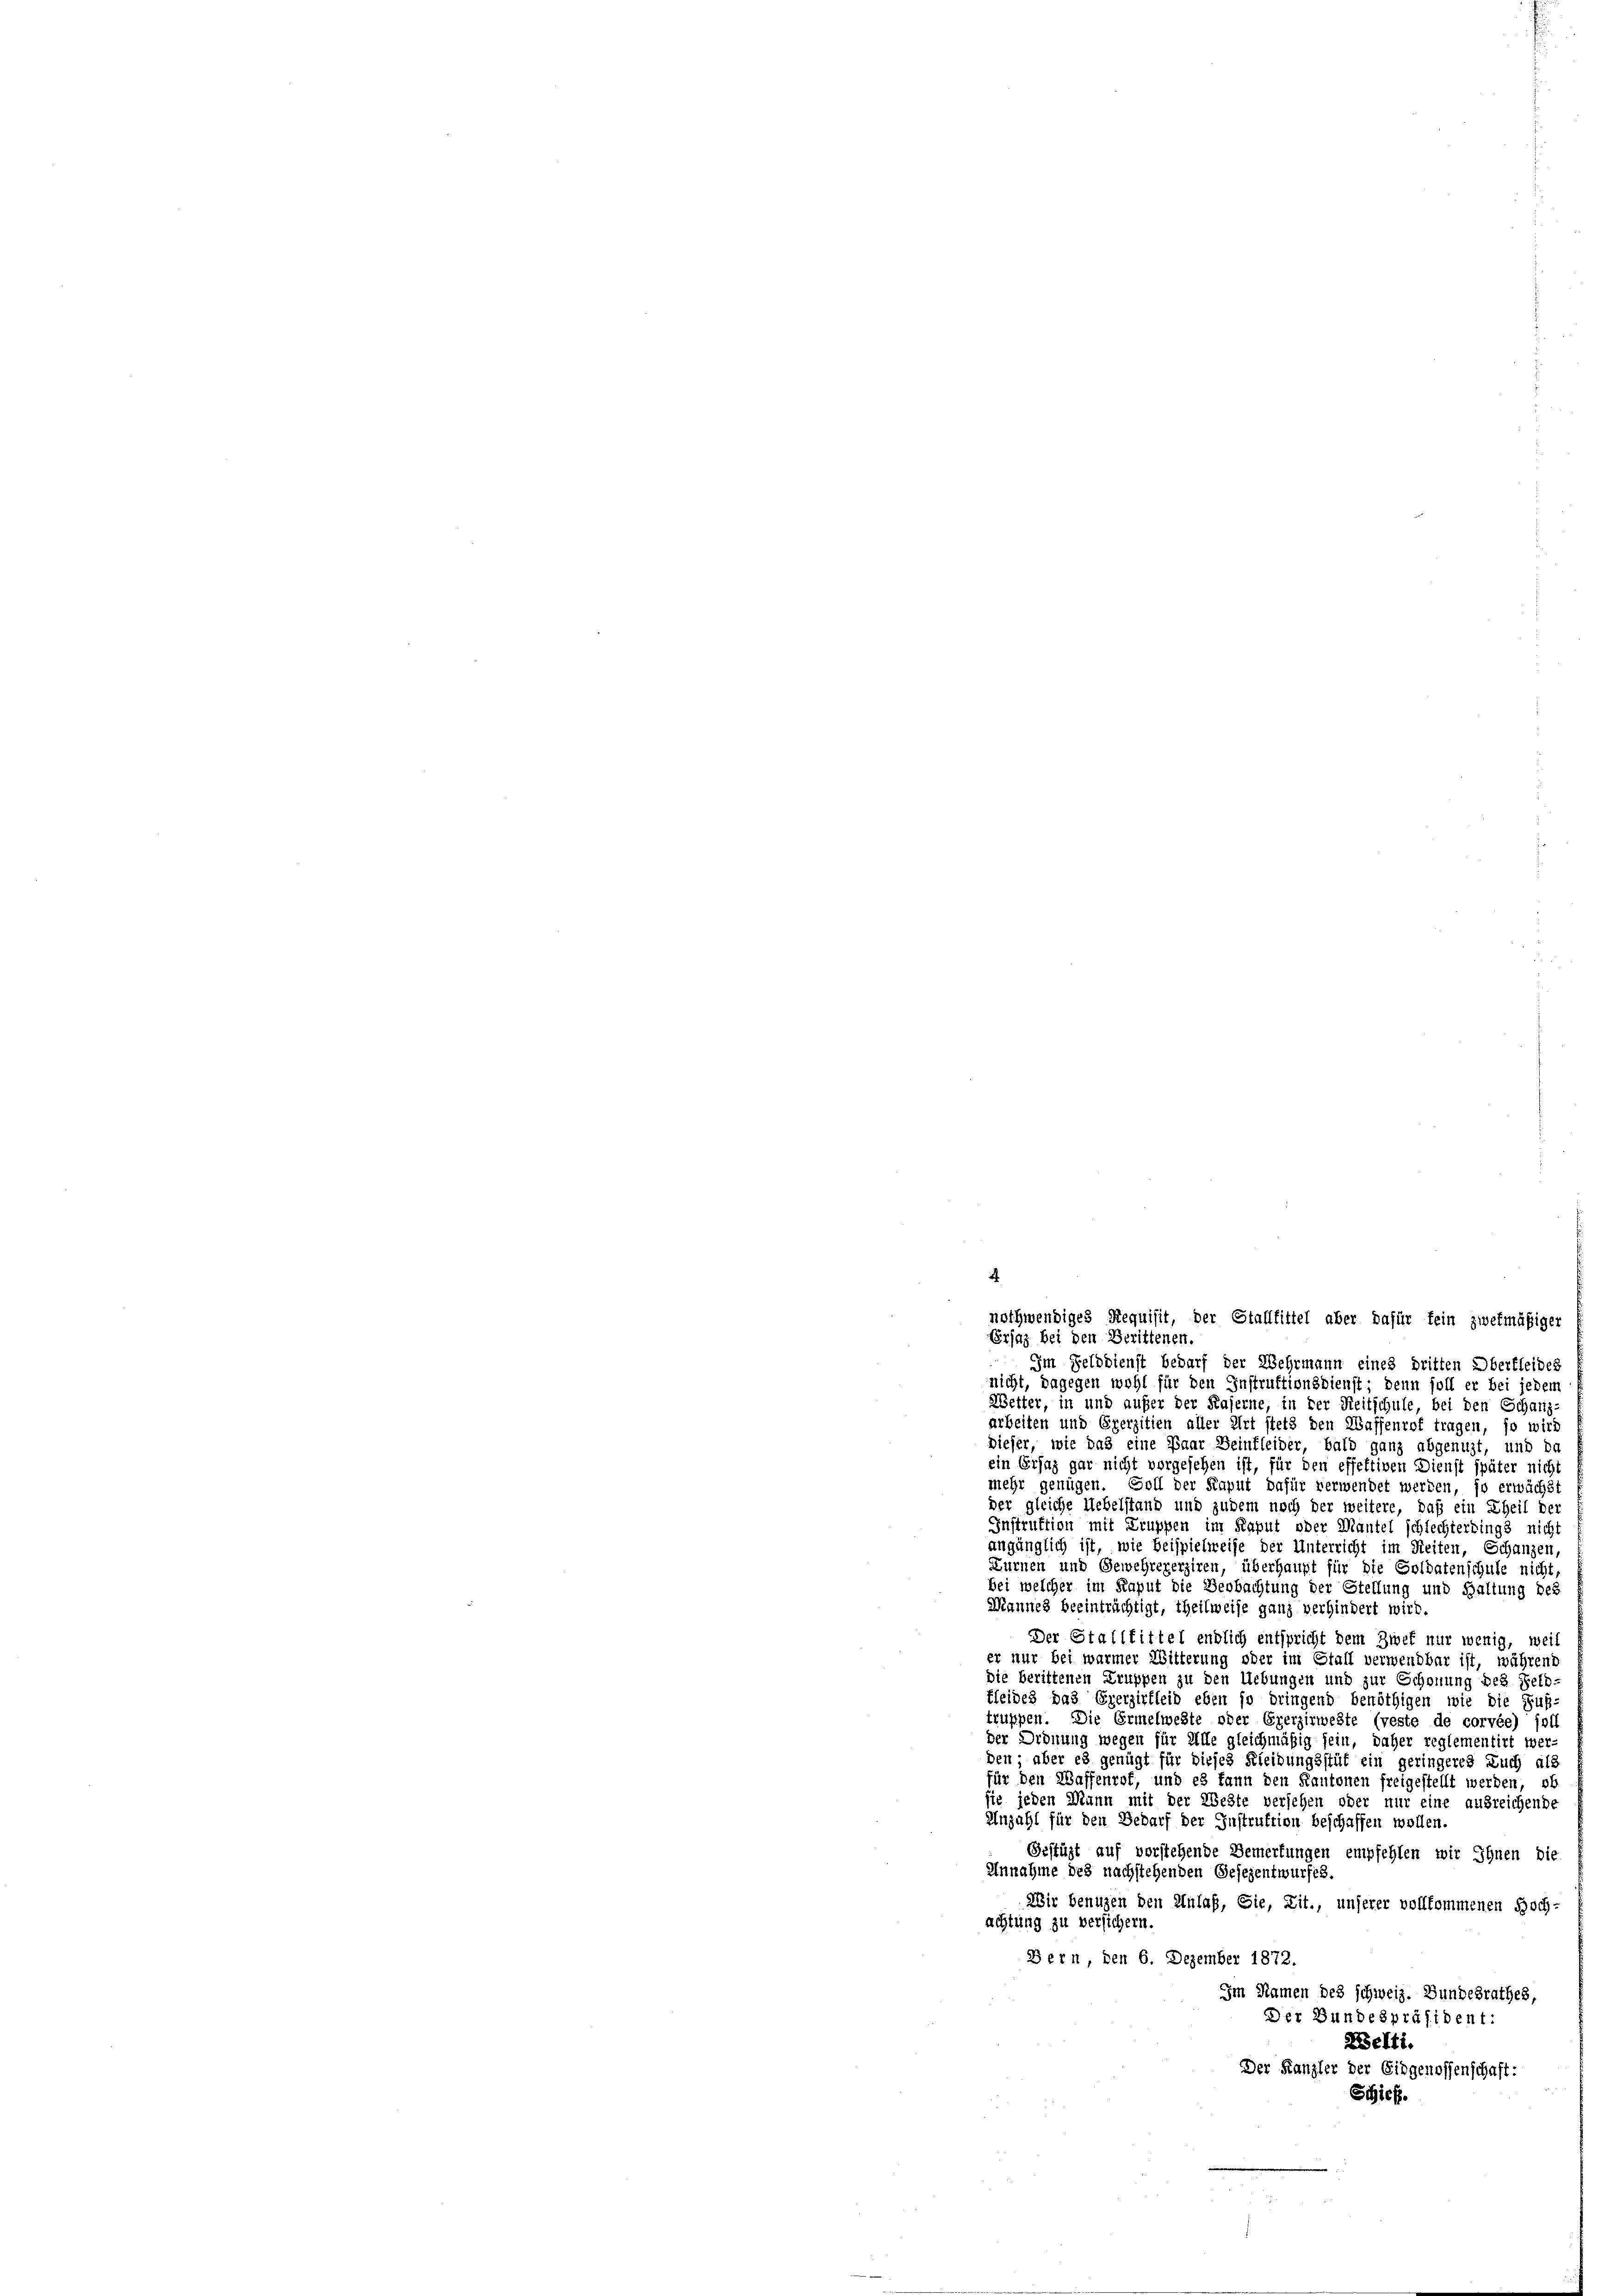
.

nothwendiges Requisit, der Stalltittel aber dafür fein zwekmäßiger
Ersatz bei den Berittenen.
Im Felddienst bedarf der Wehrmann eines dritten Oberfleides
nicht, dagegen wohl für den Instruktionsdienst; denn soll er bei jeden
Wetter, in und außer der Kaserne, in der Reitschule, bei den Schanz-
arbeiten und Ererzitien aller Art stets den Waffenrof tragen, so wird
dieser, wie das eine Paar Beinfleider, bald ganz abgenuzt, und da
ein Ersaz gar nicht vorgesehen ist, für den effettiven Dienst später nicht
mehr genügen. Soll der Kaput dafür verwendet werden, so erwächst
der gleiche Uebelstand und zudem noch der weitere, daß ein Theil der
Instruktion mit Truppen im Kaput oder Mantel schlechterdings nicht
angänglich ist, wie Beispielweise der Unterricht im Reiten, Schanzen
Zürnen und Gewehrererziren, überhaupt für die Soldatenschule nicht
bei welcher im Kaput die Beobachtung der Stellung und Haltung des
Mannes beeinträchtigt, theilweise ganz verhindert wird.
Der Stalltittel endlich entspricht dem Zwef nur wenig, weil
er nur bei warmer Witterung oder im Stall verwendbar ist, während
die berittenen Truppen zu den Uebungen und zur Schonung des Selb-
tleides das Ererzirfleid eben so dringend benöthigen wie die Fuß-
truppen. Die Ermelweste oder Ererzirweste (veste de corvée) soll
der Ordnung wegen für Alle gleichmäßig sein, daher reglementirt wer-
den; aber es genügt für dieses Kleidungsstüt ein geringeres Auch als
für den Waffenrof, und es kann den Kantonen freigestellt werden, ob
sie jeden Mann mit der Weste versehen oder nur eine ausreichende
Anzahl für den Bedarf der Instruktion beschaffen wollen.
Gestüzt auf vorstehende Bemerkungen empfehlen wir Ihnen die
Unnahme des nachstehenden Gesezentwurfes.
Wir benuzen den Anlaß, Sie, Lit., unserer vollkommenen Hoch-
achtung zu versichern.
Bern, den 6. Dezember 1872.
Im Namen des schweiz. Bundesrathes,
Der Bundespräsident:
Welti.
Der Kanzler der Eidgenossenschaft:
Schief.